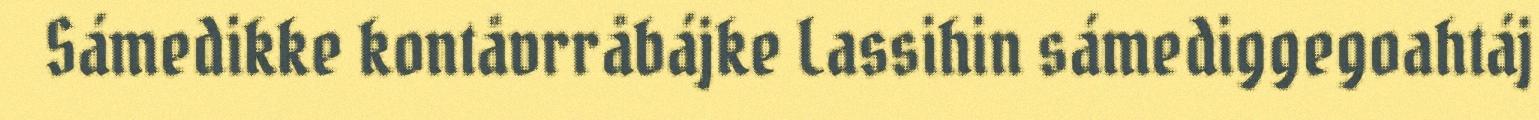
Sámedikke kontåvrråbájke Lassihin sámediggegoahtáj